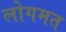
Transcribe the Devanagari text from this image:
लोगमत